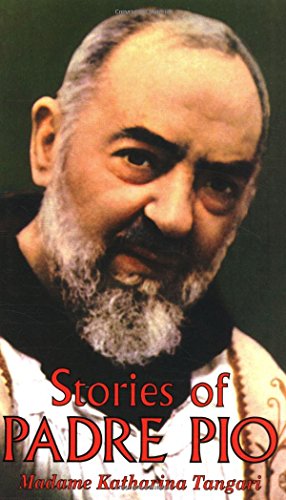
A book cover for Stories of Padre Pio; Katerina Tangari; Christian Books & Bibles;